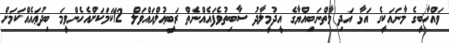
ވައްހާބީގެ މާނައަކީގެ އަޅާ އަދި މާތްނަބިއްޔާގެ އީދުމީލާދު ސާބިތުވެފައެއްނެތް ރަބީޢުލްއައްވަލް 12ކަމަކަަށްއެހެންވީމަ ބިދުޢަައެއްކަމަށް